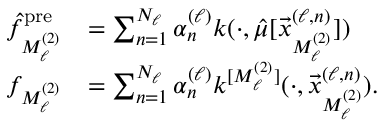
\begin{array} { r l } { { \hat { f } _ { M _ { \ell } ^ { ( 2 ) } } ^ { \mathrm { p r e } } } } & { = \sum _ { { n } = 1 } ^ { { N _ { \ell } } } { \alpha _ { n } ^ { ( \ell ) } } k ( \cdot , \hat { \mu } [ { \vec { x } _ { M _ { \ell } ^ { ( 2 ) } } ^ { ( \ell , n ) } } ] ) } \\ { f _ { M _ { \ell } ^ { ( 2 ) } } } & { = \sum _ { { n } = 1 } ^ { { N _ { \ell } } } { \alpha _ { n } ^ { ( \ell ) } } k ^ { [ { M _ { \ell } ^ { ( 2 ) } } ] } ( \cdot , { \vec { x } _ { M _ { \ell } ^ { ( 2 ) } } ^ { ( \ell , n ) } } ) { . } } \end{array}